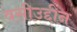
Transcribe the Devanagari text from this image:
वसीउद्दीन